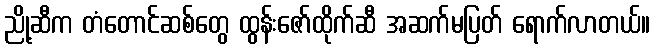
ညို့ဆီက တံတောင်ဆစ်တွေ ထွန်းဇော်ထိုက်ဆီ အဆက်မပြတ် ရောက်လာတယ်။